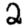
Digit: 2